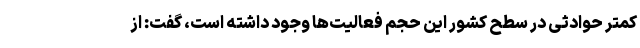
کمتر حوادثی در سطح کشور این حجم فعالیت‌ها وجود داشته است، گفت: از